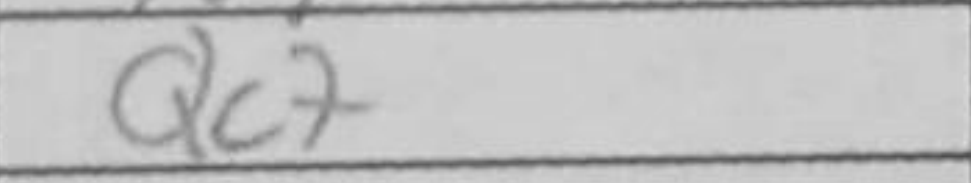
Transcription: Qc7